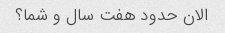
الان حدود هفت سال و شما؟